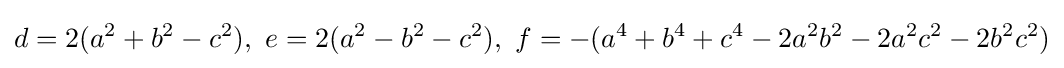
d=2(a^{2}+b^{2}-c^{2}),\ e=2(a^{2}-b^{2}-c^{2}),\ f=-(a^{4}+b^{4}+c^{4}-2a^{2}b^{2}-2a^{2}c^{2}-2b^{2}c^{2})